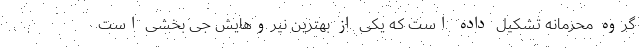
گروه محرمانه تشکیل داده است که یکی از بهترین نیروهایش جی بخشی است